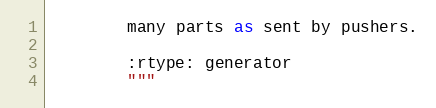
Language: Python
        many parts as sent by pushers.

        :rtype: generator
        """